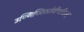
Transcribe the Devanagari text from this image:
उण्णिच्चिरुतेवीचरितम्